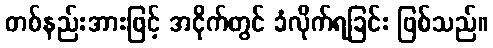
တစ်နည်းအားဖြင့် အငိုက်တွင် ခံလိုက်ရခြင်း ဖြစ်သည်။